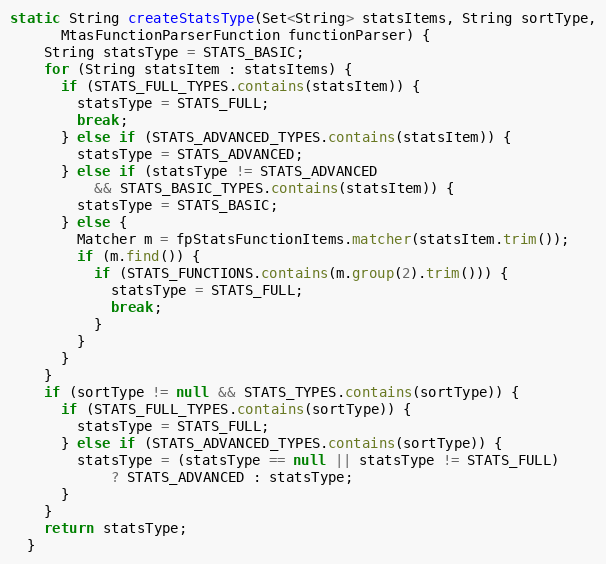
Language: Java
static String createStatsType(Set<String> statsItems, String sortType,
      MtasFunctionParserFunction functionParser) {
    String statsType = STATS_BASIC;
    for (String statsItem : statsItems) {
      if (STATS_FULL_TYPES.contains(statsItem)) {
        statsType = STATS_FULL;
        break;
      } else if (STATS_ADVANCED_TYPES.contains(statsItem)) {
        statsType = STATS_ADVANCED;
      } else if (statsType != STATS_ADVANCED
          && STATS_BASIC_TYPES.contains(statsItem)) {
        statsType = STATS_BASIC;
      } else {
        Matcher m = fpStatsFunctionItems.matcher(statsItem.trim());
        if (m.find()) {
          if (STATS_FUNCTIONS.contains(m.group(2).trim())) {
            statsType = STATS_FULL;
            break;
          }
        }
      }
    }
    if (sortType != null && STATS_TYPES.contains(sortType)) {
      if (STATS_FULL_TYPES.contains(sortType)) {
        statsType = STATS_FULL;
      } else if (STATS_ADVANCED_TYPES.contains(sortType)) {
        statsType = (statsType == null || statsType != STATS_FULL)
            ? STATS_ADVANCED : statsType;
      }
    }
    return statsType;
  }